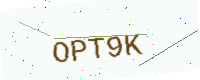
Text: OPT9K